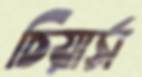
চিয়ার্স